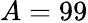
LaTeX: A=99